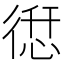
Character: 𢕆